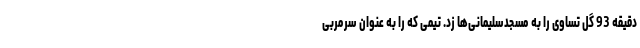
دقیقه 93 گل تساوی را به مسجدسلیمانی‌ها زد. تیمی که را به عنوان سرمربی